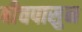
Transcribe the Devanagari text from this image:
बीचपासुन